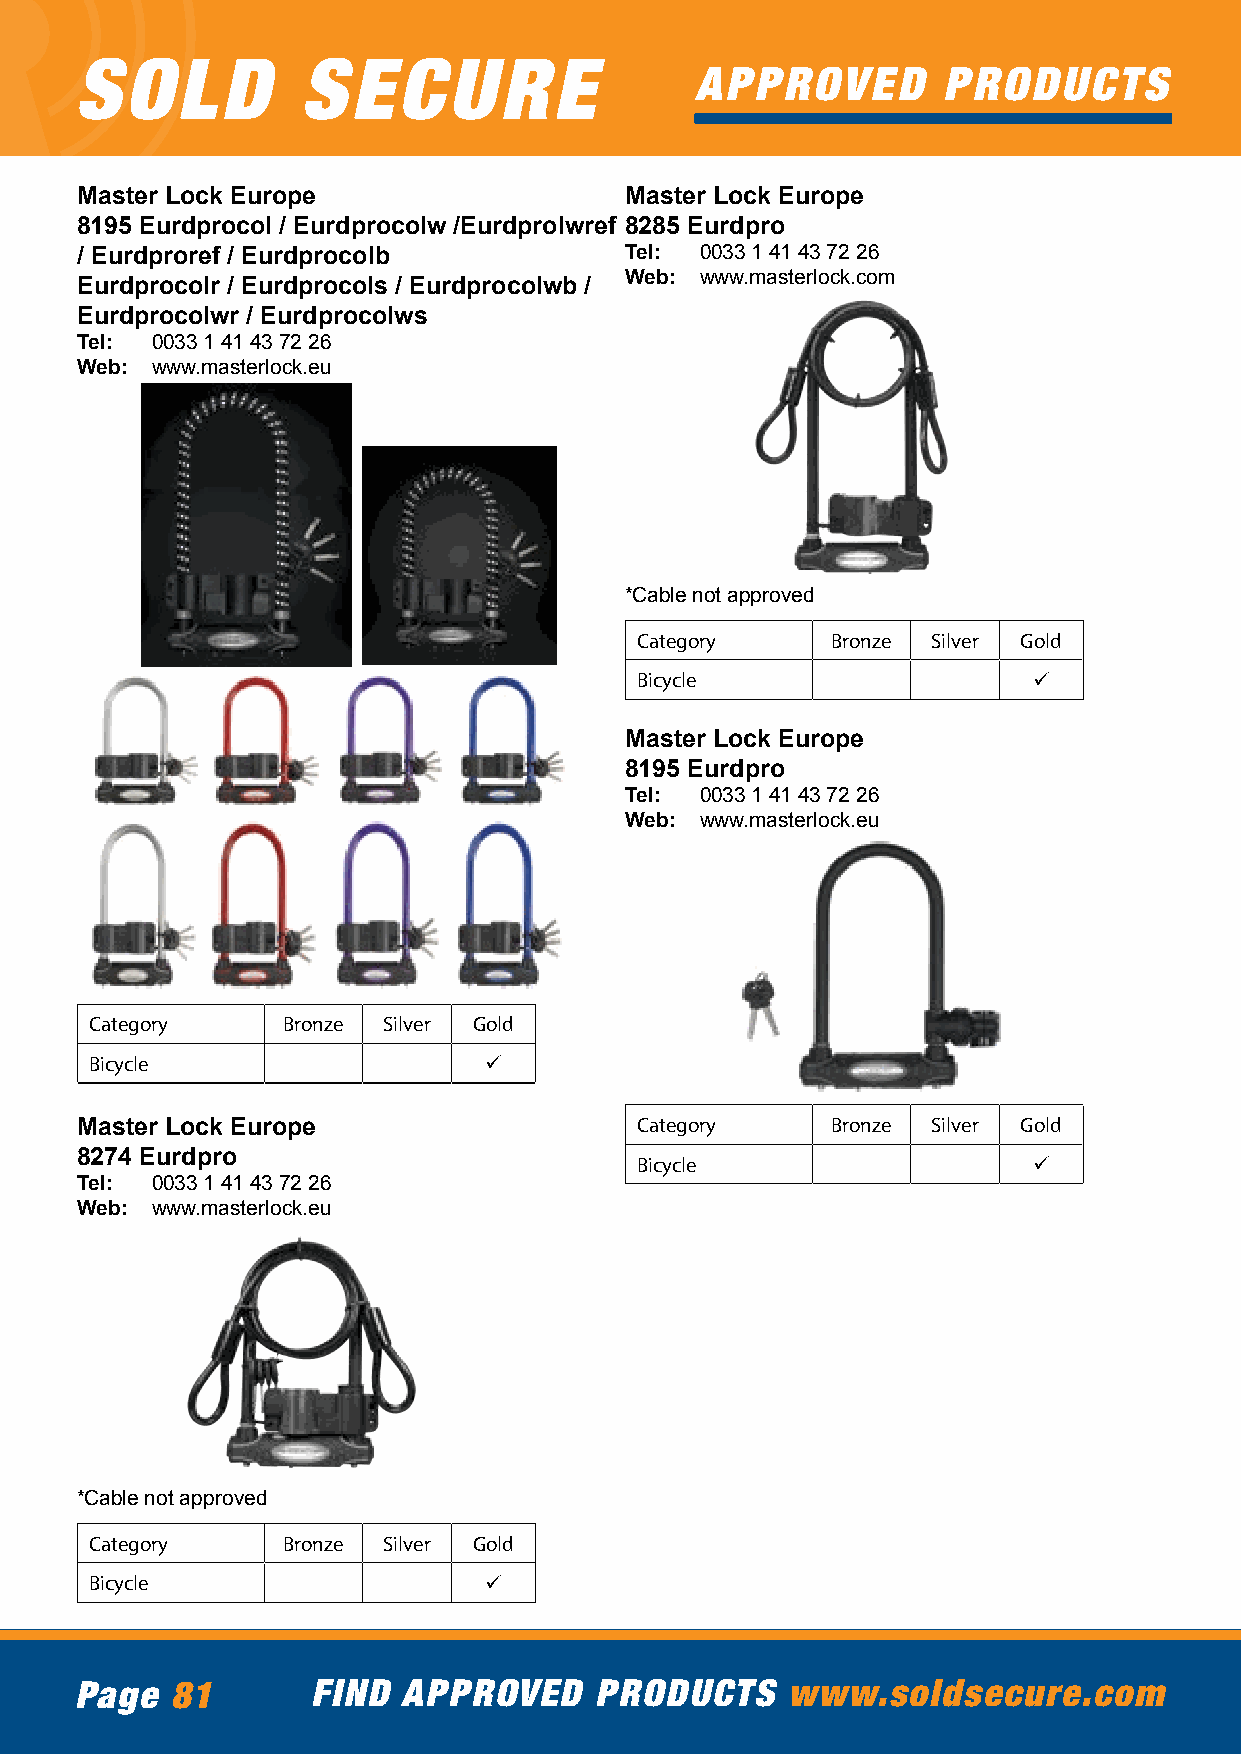
SOLD           SECURE
 APPROVED        PRODUCTS
 Master Lock Europe                  Master Lock Europe
 8195 Eurdprocol / Eurdprocolw /Eurdprolwref 8285 Eurdpro
 / Eurdproref / Eurdprocolb          Tel: 0033 1 41 43 72 26
 Web: www.masterlock.com
 Eurdprocolr / Eurdprocols / Eurdprocolwb /
 Eurdprocolwr / Eurdprocolws
 Tel: 0033 1 41 43 72 26
 Web: www.masterlock.eu
 *Cable not approved
 Category     Bronze Silver Gold
 Bicycle                   ü
 Master Lock Europe
 8195 Eurdpro
 Tel: 0033 1 41 43 72 26
 Web: www.masterlock.eu
 Category     Bronze Silver Gold
 Bicycle                   ü
 Master Lock Europe                   Category     Bronze Silver Gold
 8274 Eurdpro                         Bicycle                   ü
 Tel: 0033 1 41 43 72 26
 Web: www.masterlock.eu
 *Cable not approved
 Category     Bronze Silver Gold
 Bicycle                   ü
 Page  81        FIND  APPROVED    PRODUCTS     www.soldsecure.com